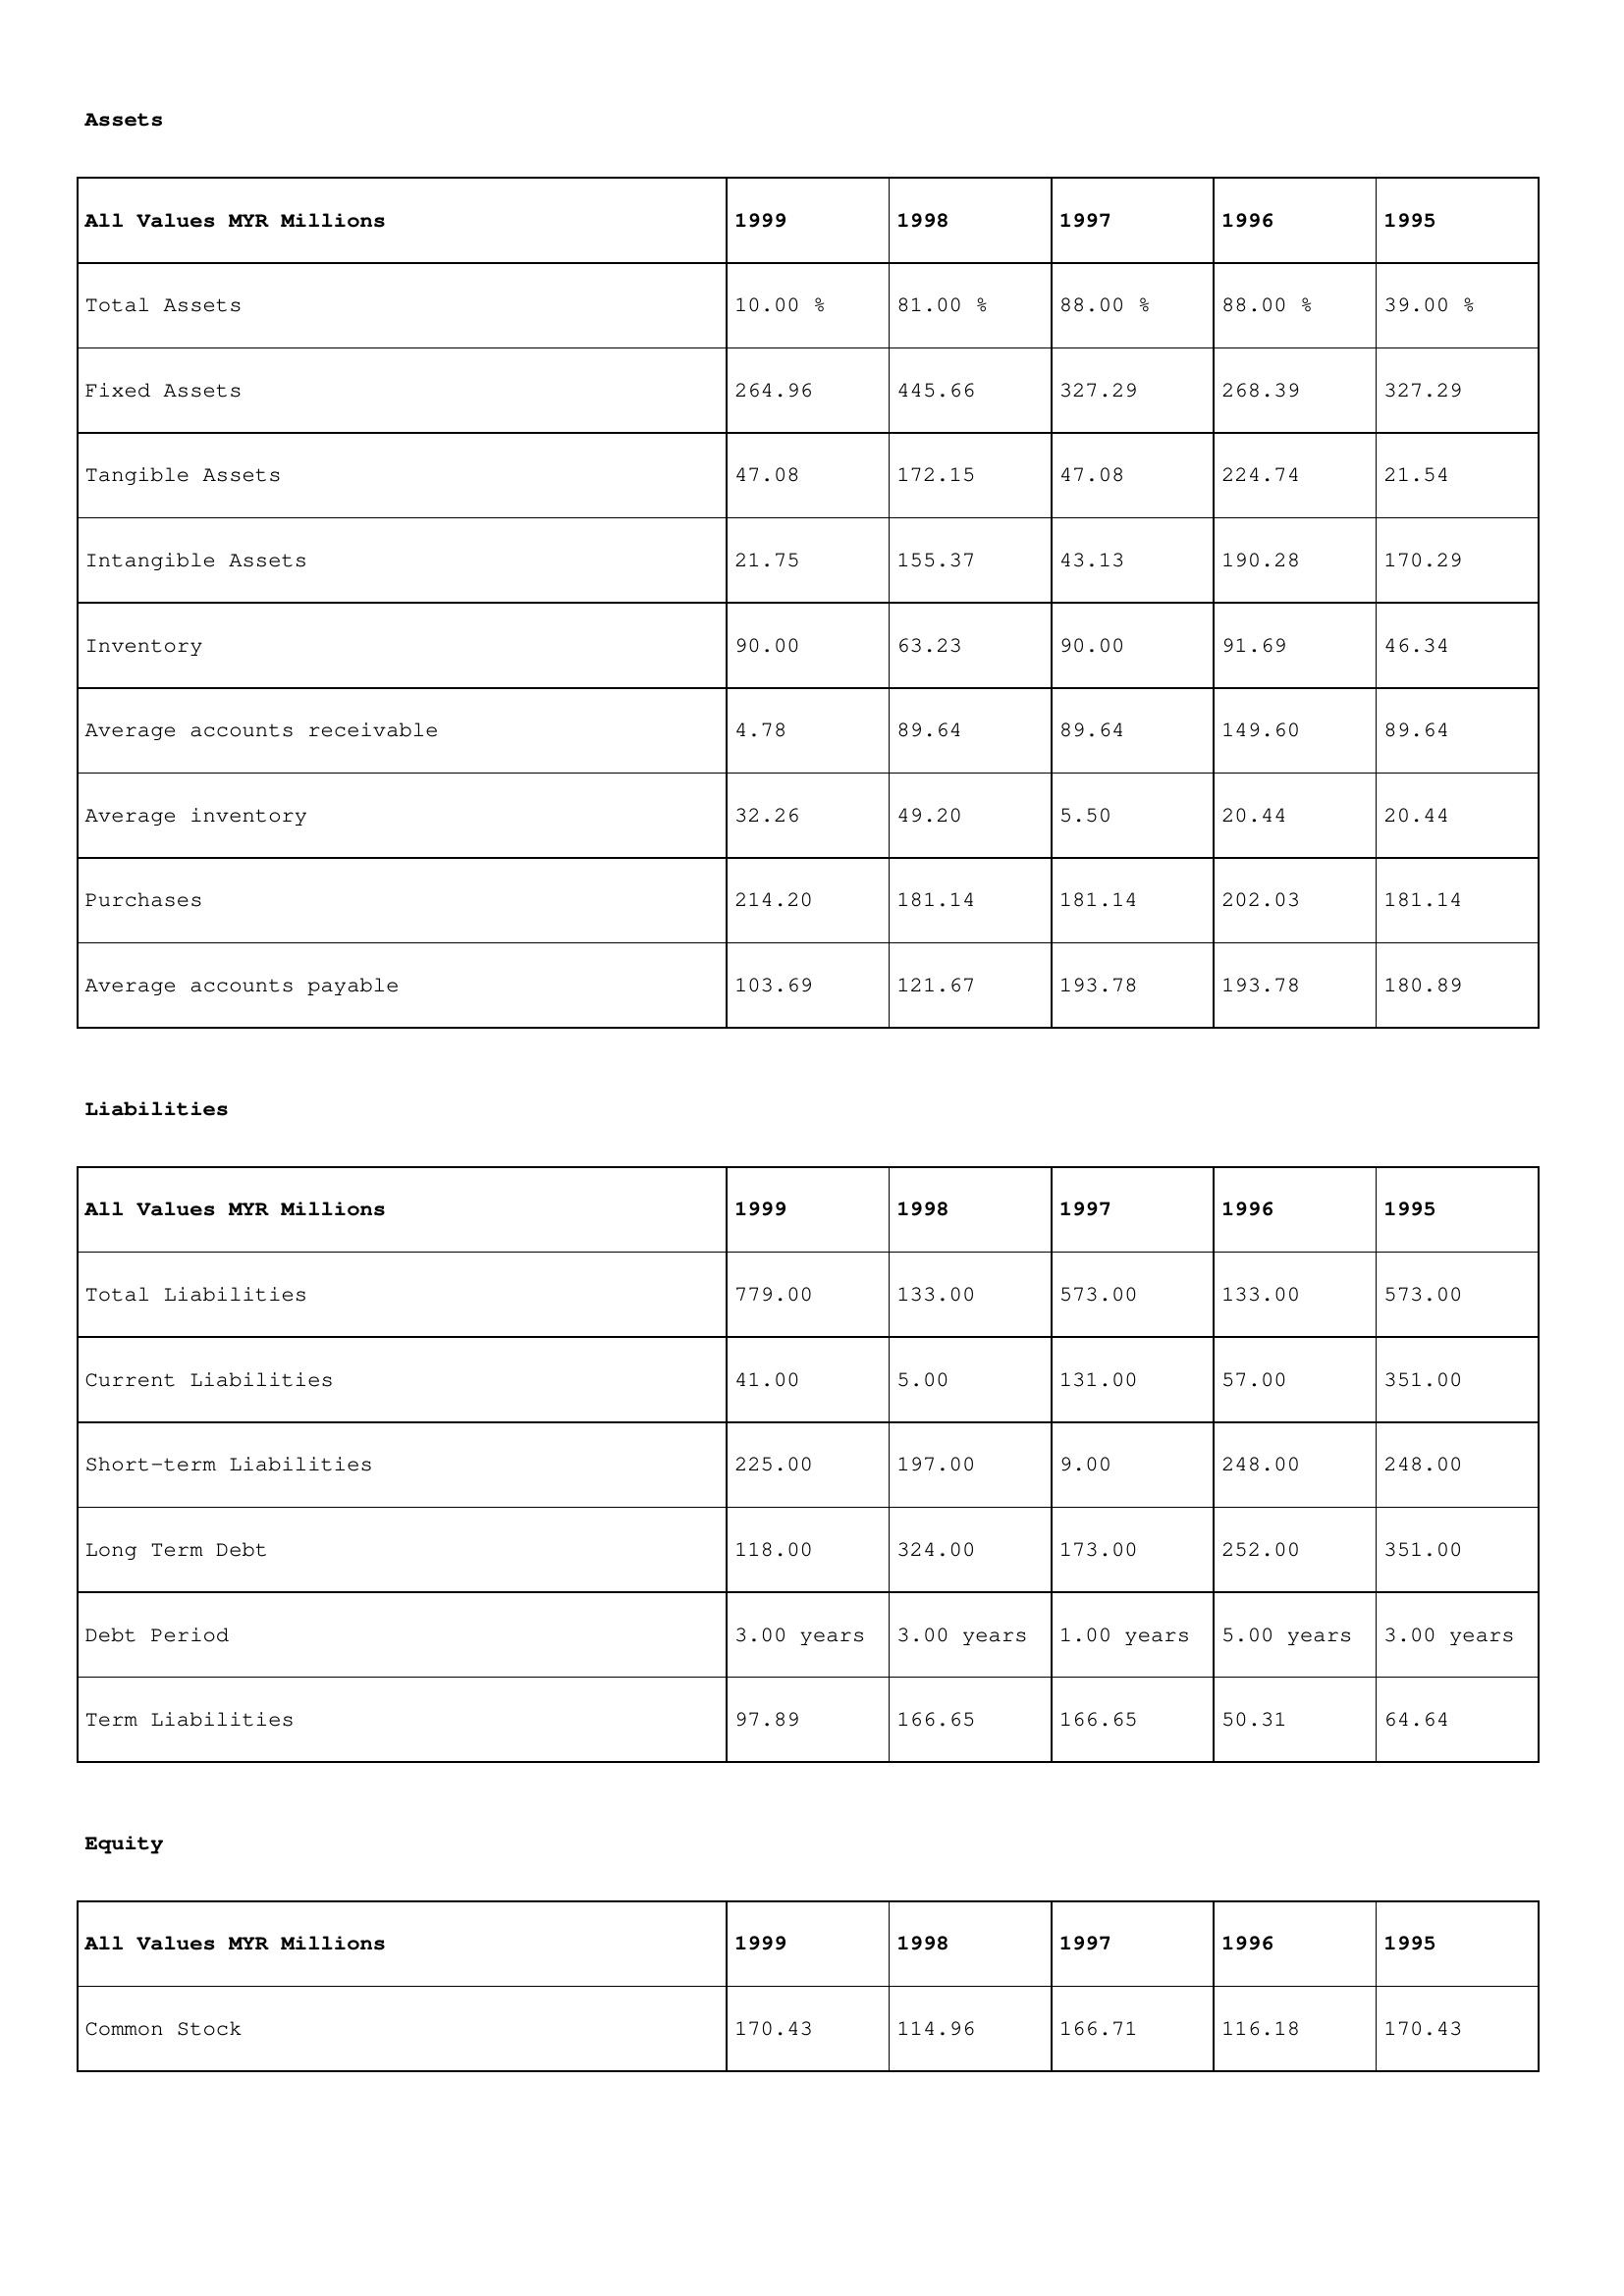
gt_parse: 1999: Assets: Total Assets: 10.00 %
Fixed Assets: 264.96
Tangible Assets: 47.08
Intangible Assets: 21.75
Inventory: 90.00
Average accounts receivable: 4.78
Average inventory: 32.26
Purchases: 214.20
Average accounts payable: 103.69
Liabilities: Total Liabilities: 779.00
Current Liabilities: 41.00
Short-term Liabilities: 225.00
Long Term Debt: 118.00
Debt Period: 3.00 years
Term Liabilities: 97.89
Equity: Common Stock: 170.43
1998: Assets: Total Assets: 81.00 %
Fixed Assets: 445.66
Tangible Assets: 172.15
Intangible Assets: 155.37
Inventory: 63.23
Average accounts receivable: 89.64
Average inventory: 49.20
Purchases: 181.14
Average accounts payable: 121.67
Liabilities: Total Liabilities: 133.00
Current Liabilities: 5.00
Short-term Liabilities: 197.00
Long Term Debt: 324.00
Debt Period: 3.00 years
Term Liabilities: 166.65
Equity: Common Stock: 114.96
1997: Assets: Total Assets: 88.00 %
Fixed Assets: 327.29
Tangible Assets: 47.08
Intangible Assets: 43.13
Inventory: 90.00
Average accounts receivable: 89.64
Average inventory: 5.50
Purchases: 181.14
Average accounts payable: 193.78
Liabilities: Total Liabilities: 573.00
Current Liabilities: 131.00
Short-term Liabilities: 9.00
Long Term Debt: 173.00
Debt Period: 1.00 years
Term Liabilities: 166.65
Equity: Common Stock: 166.71
1996: Assets: Total Assets: 88.00 %
Fixed Assets: 268.39
Tangible Assets: 224.74
Intangible Assets: 190.28
Inventory: 91.69
Average accounts receivable: 149.60
Average inventory: 20.44
Purchases: 202.03
Average accounts payable: 193.78
Liabilities: Total Liabilities: 133.00
Current Liabilities: 57.00
Short-term Liabilities: 248.00
Long Term Debt: 252.00
Debt Period: 5.00 years
Term Liabilities: 50.31
Equity: Common Stock: 116.18
1995: Assets: Total Assets: 39.00 %
Fixed Assets: 327.29
Tangible Assets: 21.54
Intangible Assets: 170.29
Inventory: 46.34
Average accounts receivable: 89.64
Average inventory: 20.44
Purchases: 181.14
Average accounts payable: 180.89
Liabilities: Total Liabilities: 573.00
Current Liabilities: 351.00
Short-term Liabilities: 248.00
Long Term Debt: 351.00
Debt Period: 3.00 years
Term Liabilities: 64.64
Equity: Common Stock: 170.43